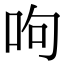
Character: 呴